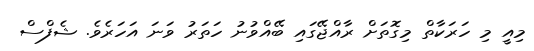
މިއީ މި ހަރަކާތް މިގޮތަށް ރާއްޖޭގައި ބޭއްވުނު ހަތަރު ވަނަ އަހަރެވެ. ޝެފްސް